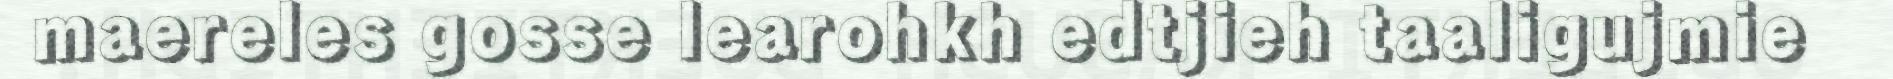
maereles gosse learohkh edtjieh taaligujmie